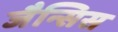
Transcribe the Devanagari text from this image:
जैन्सिस